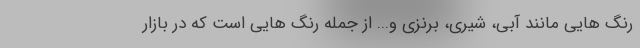
رنگ هایی مانند آبی، شیری، برنزی و... از جمله رنگ هایی است که در بازار